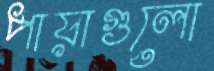
পায়াগুলো